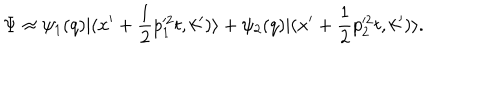
\Psi \approx \psi _ { 1 } ( q ) | ( x ^ { \prime } + { \frac { 1 } { 2 } } p _ { 1 } ^ { \prime 2 } t , k ^ { \prime } ) \rangle + \psi _ { 2 } ( q ) | ( x ^ { \prime } + { \frac { 1 } { 2 } } p _ { 2 } ^ { \prime 2 } t , k ^ { \prime } ) \rangle .